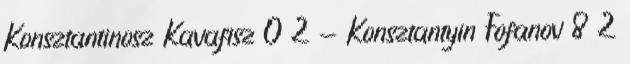
Konsztantinosz Kavafisz 0 2 - Konsztantyin Fofanov 8 2